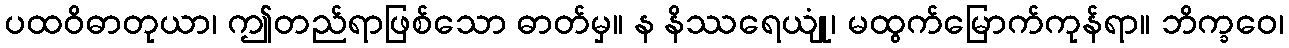
ပထဝိဓာတုယာ၊ ဤတည်ရာဖြစ်သော ဓာတ်မှ။ န နိဿရေယျုံ၊ မထွက်မြောက်ကုန်ရာ။ ဘိက္ခဝေ၊